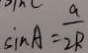
\sin A = \frac { a } { 2 R }